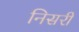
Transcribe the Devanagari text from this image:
निसरी